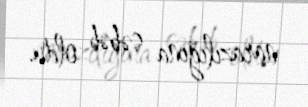
narazılığına səbəb oldu.